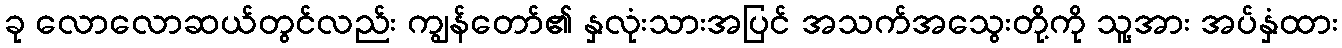
ခု လောလောဆယ်တွင်လည်း ကျွန်တော်၏ နှလုံးသားအပြင် အသက်အသွေးတို့ကို သူ့အား အပ်နှံထား